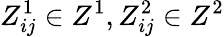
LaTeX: Z_{ij}^{1}\in Z^{1},Z_{ij}^{2}\in Z^{2}